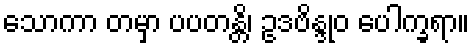
သောကာ တမှာ ပပတန္တိ၊ ဥဒဗိန္ဒုဝ ပေါက္ခရာ။